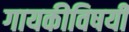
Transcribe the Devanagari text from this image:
गायकीविषयी